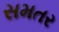
સમતર